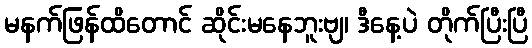
မနက်ဖြန်ထိတောင် ဆိုင်းမနေဘူးဗျ၊ ဒီနေ့ပဲ တိုက်ပြီးပြီ